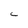
Character: C